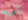
أعرفه